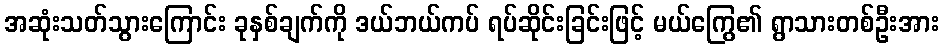
အဆုံးသတ်သွားကြောင်း ခုနှစ်ချက်ကို ဒယ်ဘယ်ကပ် ရပ်ဆိုင်းခြင်းဖြင့် မယ်ကြွေ၏ ရွာသားတစ်ဦးအား